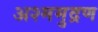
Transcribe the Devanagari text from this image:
अश्ममुद्रण